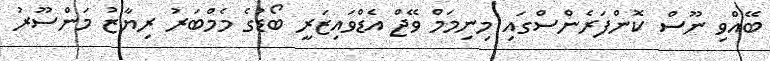
ބޭއްވި ނޫސް ކޮންފަރެންސްގައި މިނިމަމް ވޭޖް އެޑްވައިޒަރީ ބޯޑުގެ މެމްބަރު ރިޔާޒު މަންސޫރު